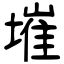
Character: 墔